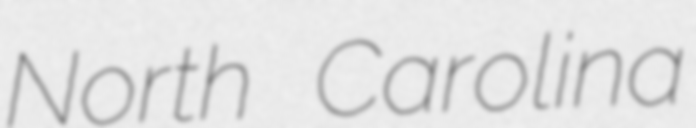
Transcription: North Carolina